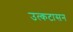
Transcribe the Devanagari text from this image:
उत्कटासन